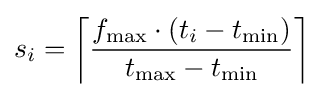
s_{i}=\left\lceil {\frac {f_{\max }\cdot (t_{i}-t_{\min })}{t_{\max }-t_{\min }}}\right\rceil